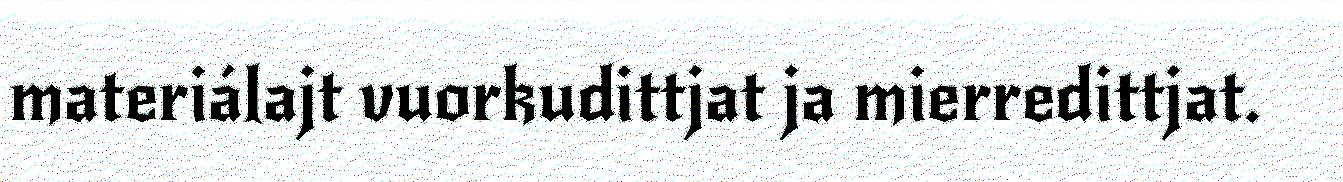
materiálajt vuorkudittjat ja mierredittjat.